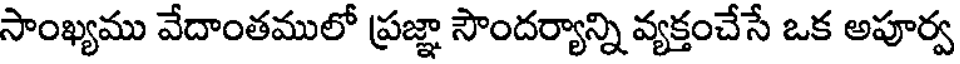
సాంఖ్యము వేదాంతములో ప్రజ్ఞా సౌందర్యాన్ని వ్యక్తంచేసే ఒక అపూర్వ